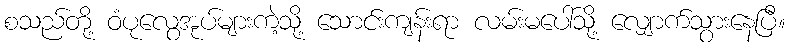
စသည်တို့ ဝံပုလွေအုပ်များကဲ့သို့ သောင်းကျန်းရာ လမ်းမပေါ်သို့ လျှောက်သွားနေပြီ။